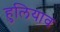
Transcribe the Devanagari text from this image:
हुलियाव